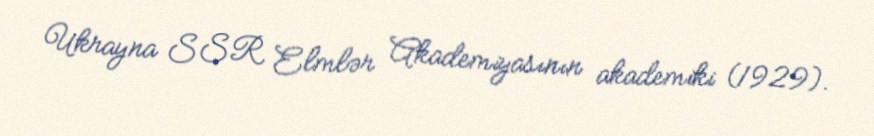
Ukrayna SSR Elmlər Akademiyasının akademiki (1929).